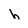
Character: h